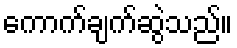
ကောက်ချက်ဆွဲသည်။